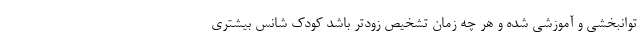
توانبخشی و آموزشی شده و هر چه زمان تشخیص زودتر باشد کودک شانس بیشتری